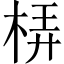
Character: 梇